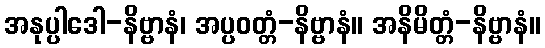
အနုပ္ပါဒေါ-နိဗ္ဗာနံ၊ အပ္ပဝတ္တံ-နိဗ္ဗာနံ။ အနိမိတ္တံ-နိဗ္ဗာနံ။